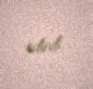
edirdi.